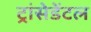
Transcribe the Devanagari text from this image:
ट्रांसेडेंटल